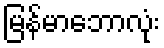
မြန်မာဘောလုံး